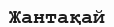
Жантақай